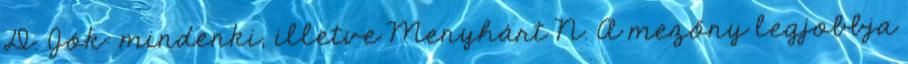
D. Jók: mindenki, illetve Menyhárt N. A mezőny legjobbja